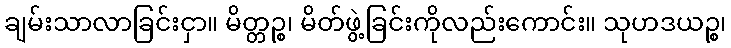
ချမ်းသာလာခြင်းငှာ။ မိတ္တဉ္စ၊ မိတ်ဖွဲ့ခြင်းကိုလည်းကောင်း။ သုဟဒယဉ္စ၊